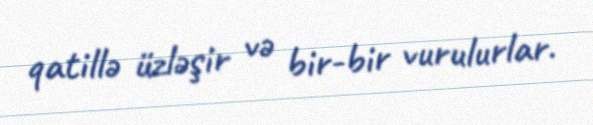
qatillə üzləşir və bir-bir vurulurlar.